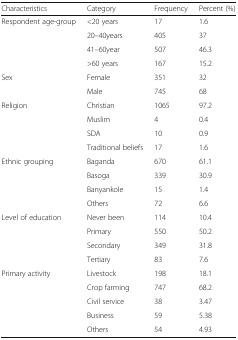
<table><thead><tr><td><b>Characteristics</b></td><td><b>Category</b></td><td><b>Frequency</b></td><td><b>Percent (%)</b></td></tr></thead><tbody><tr><td rowspan="4">Respondent age-group</td><td>&lt;20 years</td><td>17</td><td>1.6</td></tr><tr><td>20–40years</td><td>405</td><td>37</td></tr><tr><td>41–60year</td><td>507</td><td>46.3</td></tr><tr><td>&gt;60 years</td><td>167</td><td>15.2</td></tr><tr><td rowspan="2">Sex</td><td>Female</td><td>351</td><td>32</td></tr><tr><td>Male</td><td>745</td><td>68</td></tr><tr><td rowspan="4">Religion</td><td>Christian</td><td>1065</td><td>97.2</td></tr><tr><td>Muslim</td><td>4</td><td>0.4</td></tr><tr><td>SDA</td><td>10</td><td>0.9</td></tr><tr><td>Traditional beliefs</td><td>17</td><td>1.6</td></tr><tr><td rowspan="4">Ethnic grouping</td><td>Baganda</td><td>670</td><td>61.1</td></tr><tr><td>Basoga</td><td>339</td><td>30.9</td></tr><tr><td>Banyankole</td><td>15</td><td>1.4</td></tr><tr><td>Others</td><td>72</td><td>6.6</td></tr><tr><td rowspan="4">Level of education</td><td>Never been</td><td>114</td><td>10.4</td></tr><tr><td>Primary</td><td>550</td><td>50.2</td></tr><tr><td>Secondary</td><td>349</td><td>31.8</td></tr><tr><td>Tertiary</td><td>83</td><td>7.6</td></tr><tr><td rowspan="5">Primary activity</td><td>Livestock</td><td>198</td><td>18.1</td></tr><tr><td>Crop farming</td><td>747</td><td>68.2</td></tr><tr><td>Civil service</td><td>38</td><td>3.47</td></tr><tr><td>Business</td><td>59</td><td>5.38</td></tr><tr><td>Others</td><td>54</td><td>4.93</td></tr></tbody></table>